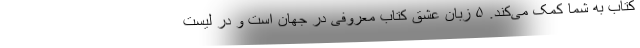
کتاب به شما کمک می‌کند. ۵ زبان عشق کتاب معروفی در جهان است و در لیست